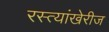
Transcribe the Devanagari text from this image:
रस्त्यांखेरीज